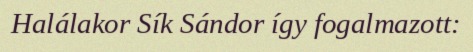
Halálakor Sík Sándor így fogalmazott: